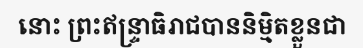
នោះ ព្រះឥន្ទ្រាធិរាជបាននិម្មិតខ្លួនជា